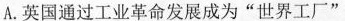
A.英国通过工业革命发展成为”世界工厂”